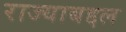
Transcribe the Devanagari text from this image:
राज्याबद्दल